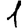
Digit: 1